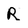
Character: R